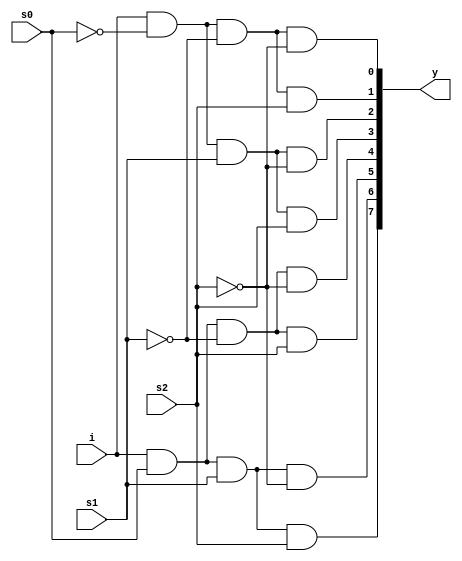
module dmux_1_8(y,i,s0,s1,s2);
    input i;
	  input s0,s1,s2;
	  output [7:0]y;
	  wire w1,w2,w3;
	
    not n1(w1,s0);
    not n2(w2,s1);
    not n3(w3,s2);
    and a1(y[0],i,w1,w2,w3);
    and a2(y[1],i,w1,w2,s2);
    and a3(y[2],i,w1,s1,w3);
    and a4(y[3],i,w1,s1,s2);
    and a5(y[4],i,s0,w2,w3);
    and a6(y[5],i,s0,w2,s2);
    and a7(y[6],i,s0,s1,w3);
    and a8(y[7],i,s0,s1,s2);
endmodule